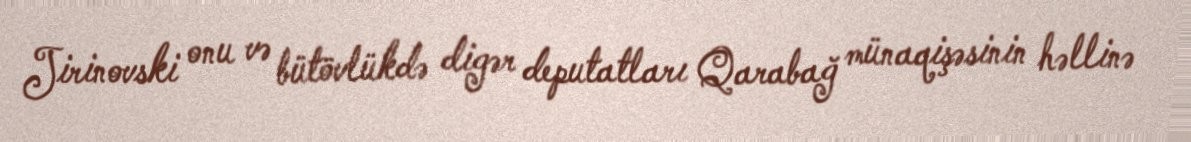
Jirinovski onu və bütövlükdə digər deputatları Qarabağ münaqişəsinin həllinə